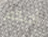
أحبكم